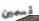
قسمين